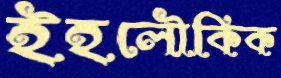
ইহলৌকিক